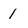
Character: 1